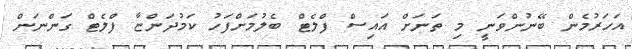
އަހަރުމެން ބޭނުންވަނީ މި ތަނަށް އައިސް ފްލެޓް ބެލުމަށްފަހު ކަމުދަންޏާ ފްލެޓް ގަންނަން